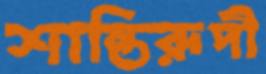
শান্তিরূপী